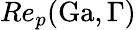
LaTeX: Re_{p}(\mathrm{Ga},\Gamma)